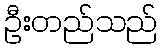
ဦးတည်သည်